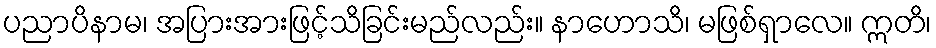
ပညာပိနာမ၊ အပြားအားဖြင့်သိခြင်းမည်လည်း။ နာဟောသိ၊ မဖြစ်ရှာလေ။ ဣတိ၊